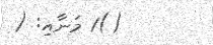
()1 މަނާއި: (